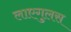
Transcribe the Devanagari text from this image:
लाएगुलस